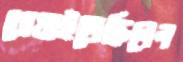
খোয়াইতেছিলেন